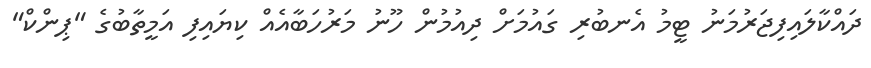
ދައްކާލައިފިޖަރުމަނު ޓީމު އެނބުރި ގައުމަށް ދިއުމުން ހޫނު މަރުހަބާއެއް ކިޔައިފި އަމީތާބުގެ "ޕިންކް"